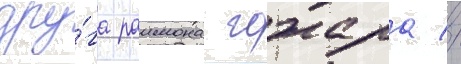
дру́га раимона гожара //